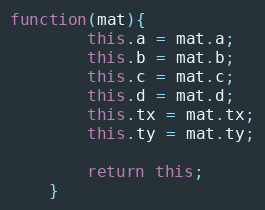
Language: JavaScript
function(mat){
        this.a = mat.a;
        this.b = mat.b;
        this.c = mat.c;
        this.d = mat.d;
        this.tx = mat.tx;
        this.ty = mat.ty;

        return this;
    }